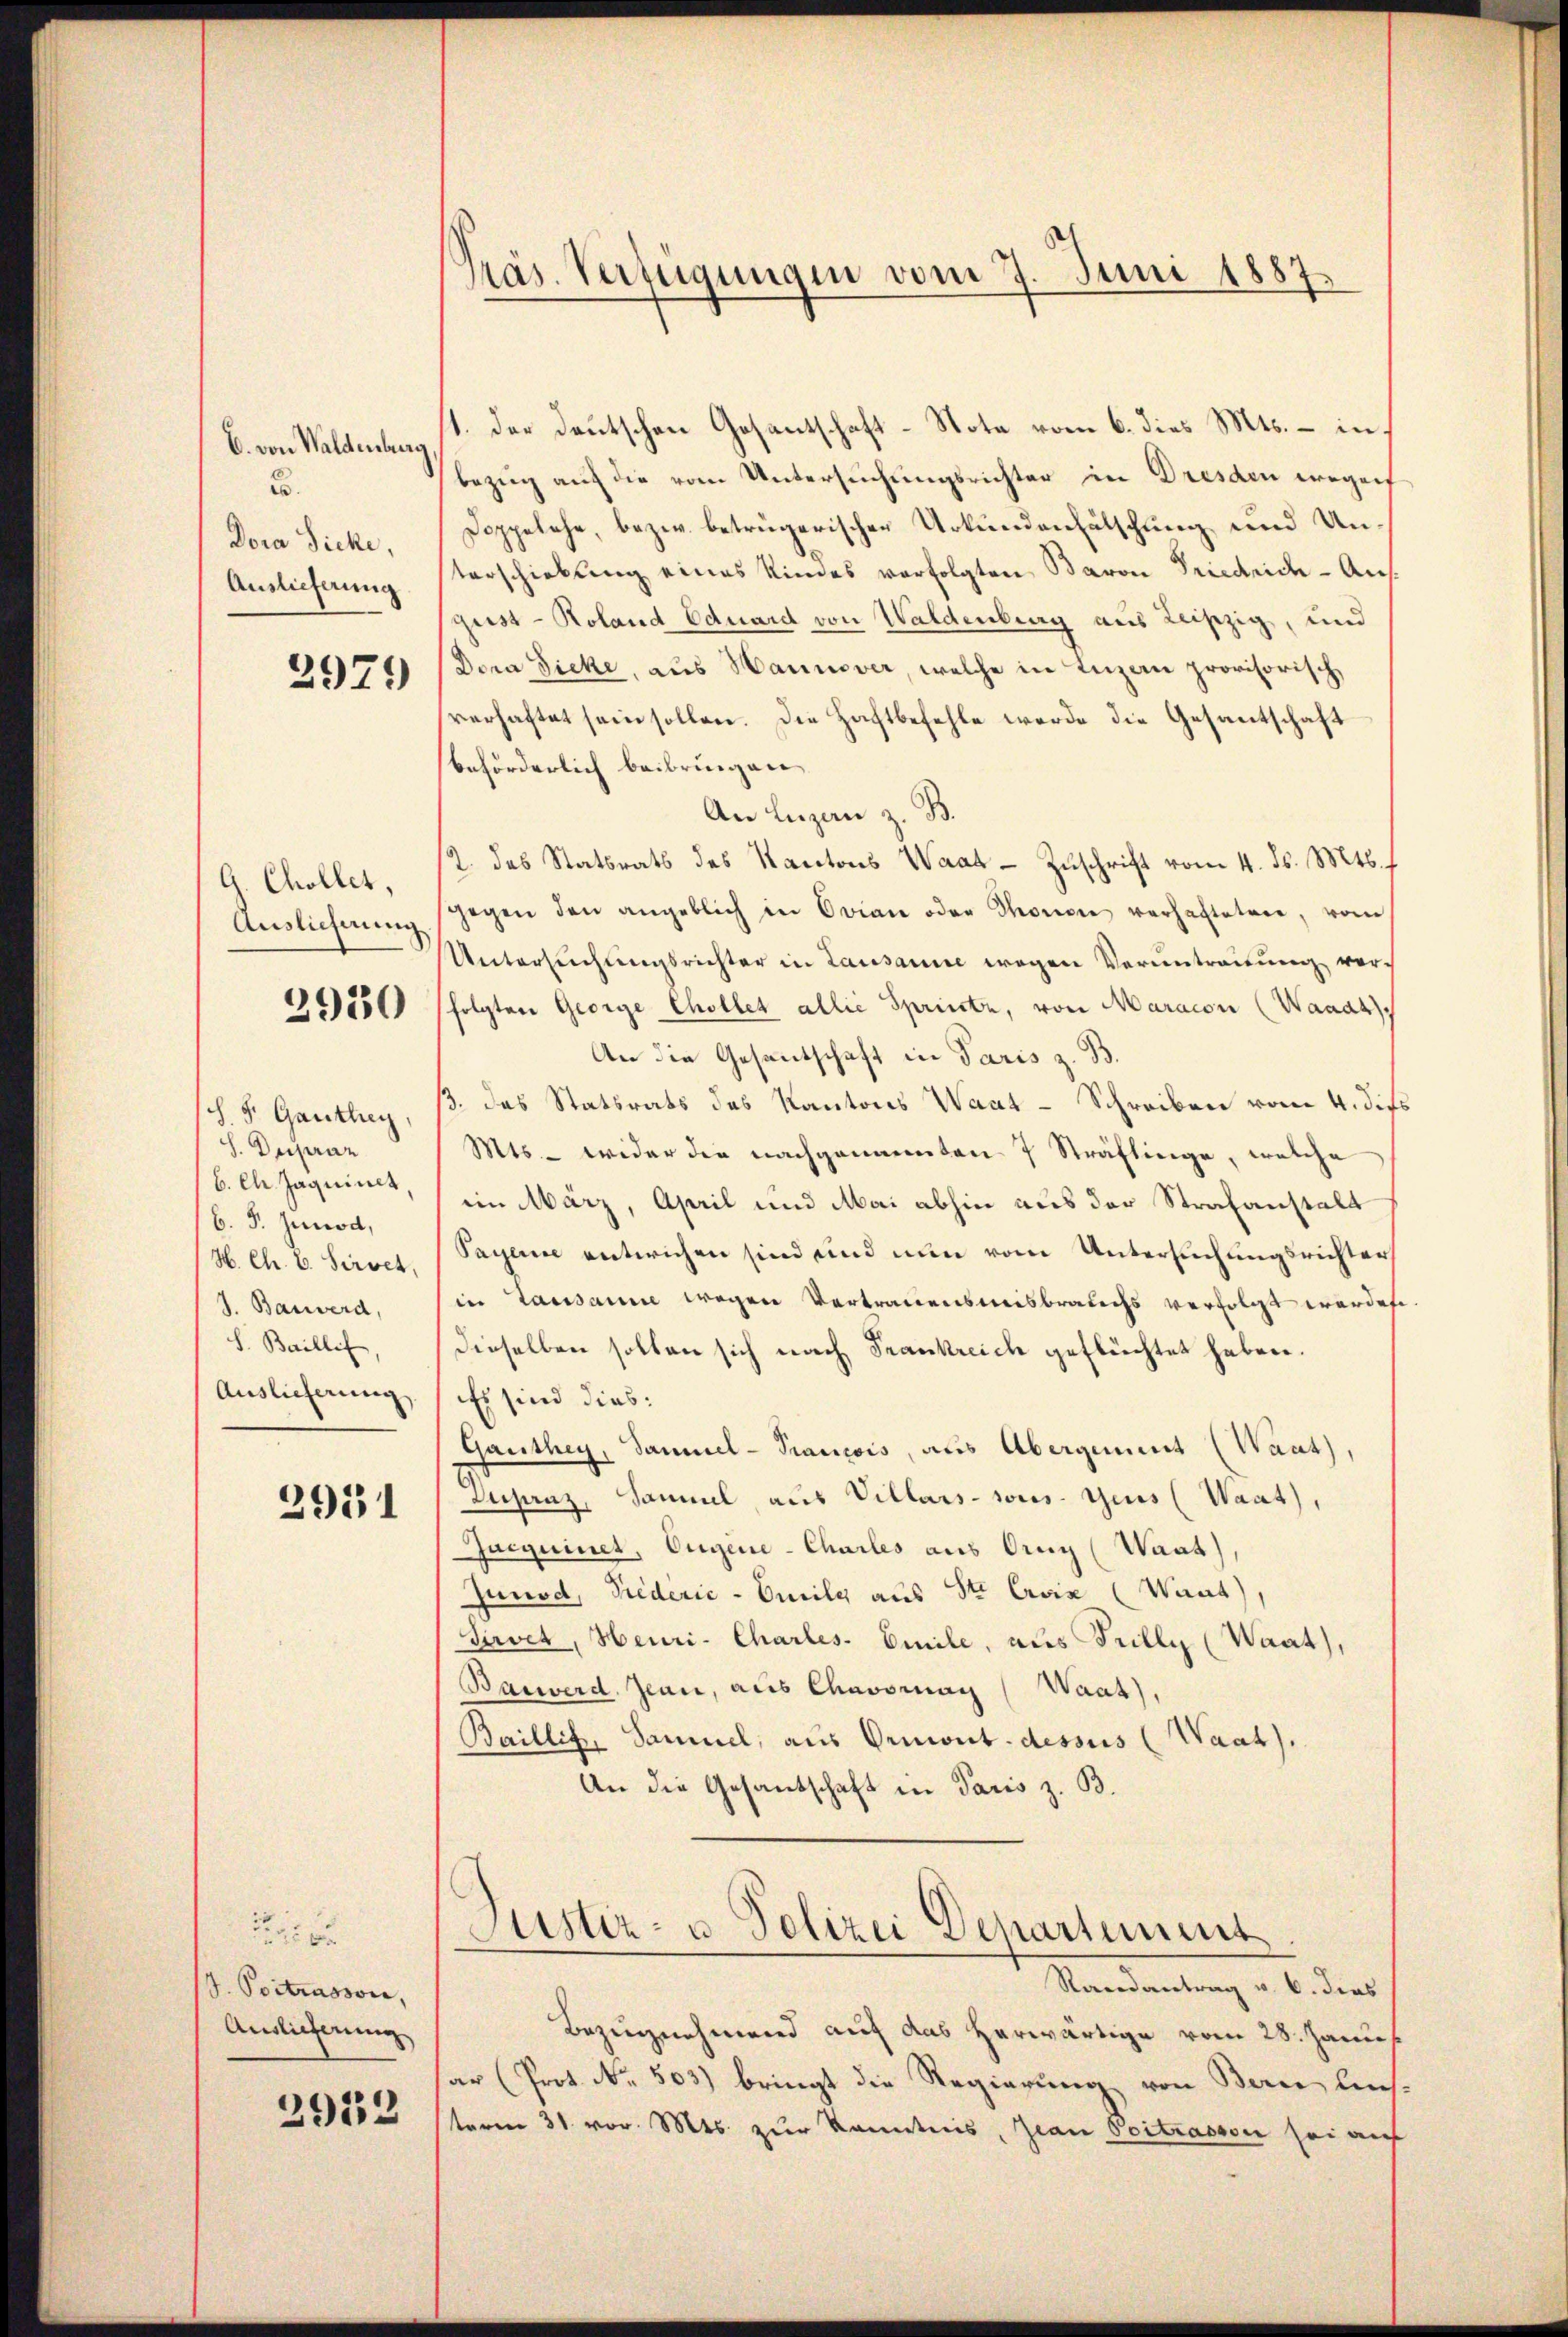
E. von Waldenburg,
.
Dora Siche,
Auslieferung

2921)

G. Chollet,
Auslieferung

2930

(S. S. Ganthey,
S. Depraz
B. P. Junod,
J. Bauwerd,
S. Baillis,
Auslieferung

2951

Person
V. Potrasson,
Auslieferung

2932

1. Der Deutschen Gesantschaft-Note vom 6. dies Mts. – in
bezug auf die vom Untersuchungsrichter in Dresden wegen
Doppelche, bezw. betrügerischer Urkundenfälschung und Unterschiebung eines Kindes verfolgten Baron Friedrich - Angust - Roland Eduard von Waldenburg aus Leiszig, und
Dora Sicke, aus Hannover, welche in Inzan provisorisch,
verhaftet sein sollen. Die Hachtbefehle werde die Gesantschaft
beförderlich beibringen.
An Luzern z. B.
12. das Statsrats des Kantons Waat - Zuschrift vom 4. ds. Mts. f
gegen den angeblich in Ovian oder Thorene verhalteten, vom
Untersuchungsrichter in Lausanne wegen Verantrauung vorfolgten George Chollet allie Sprinte, von Maracon (Waadt,
An die Gesantschaft in Paris z. B.
ß. das Statsrats des Kantons Waat-Schreiben vom 4. dies
Mts. - wider die nachgenannten 7 Sträflinge, welche
b. l Jaquiert, im März, April und Mai abhin aus der Strafanstalt
H. Ch. E. Sirvet, Sagen entwichen sind und nun vom Untersuchungsrichter
in Lausanne wegen Vertrauensmisbrauchs verfolgt werde
Dieselben solten sich nach Frankreich geflüchtet haben.
Es sind dies:
Ganthey, Samuel - Prancois, aus Abergement (Waut),
Dupanz, Sammel, aus Villars-sies. Gius (Waat),
Jacquinet, Eugene-Charles aus Orug (Waat)
Junod, Siederić - Cmile aus St. Croix (Want)
Sirvet, Heuri-Charles. Emile, aus Frilly (Waat),
Bauwerd, Jean, aus Chavoran (Waat),
Baillis, Samuel, aus Ormont-dessus (Waat).
An die Gesandschaft in Paris z. B.

Präs. Verfügungen vom 7. Juni 1887.

Astiz- u. Polizei Departement

Randantrag v. 6. dies
Bezeugnehmend auf das herwärtige vom 28. Janus
ar (Prot. No. 503) bringt die Regierung von Bern liessterm 31. vor. Mts. zur Kenntnis, Jean Peitrassen sei auf